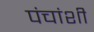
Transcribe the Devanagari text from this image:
पंचांशी